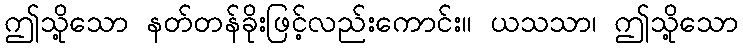
ဤသို့သော နတ်တန်ခိုးဖြင့်လည်းကောင်း။ ယသသာ၊ ဤသို့သော